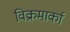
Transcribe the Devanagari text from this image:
विक्रमार्का